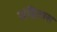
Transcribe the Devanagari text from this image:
संहितास